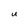
Character: U